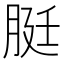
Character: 脡